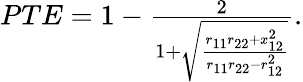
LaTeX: \begin{array}{r}{PTE=1-\frac{2}{1+\sqrt{\frac{r_{11}r_{22}+x_{12}^{2}}{r_{11}r_{22}-r_{12}^{2}}}}.}\end{array}